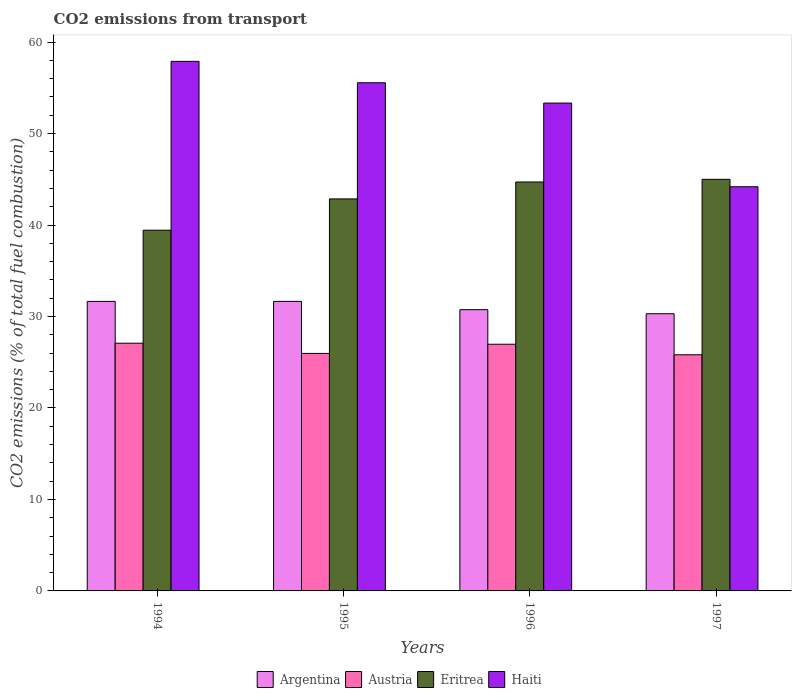
| Years | Argentina | Austria | Eritrea | Haiti |
 | --- | --- | --- | --- | --- |
 | 1994 | 31.7 | 27.1 | 39.4 | 57.9 |
 | 1995 | 31.7 | 26 | 42.9 | 55.6 |
 | 1996 | 30.7 | 27 | 44.7 | 53.3 |
 | 1997 | 30.3 | 25.8 | 45 | 44.2 |